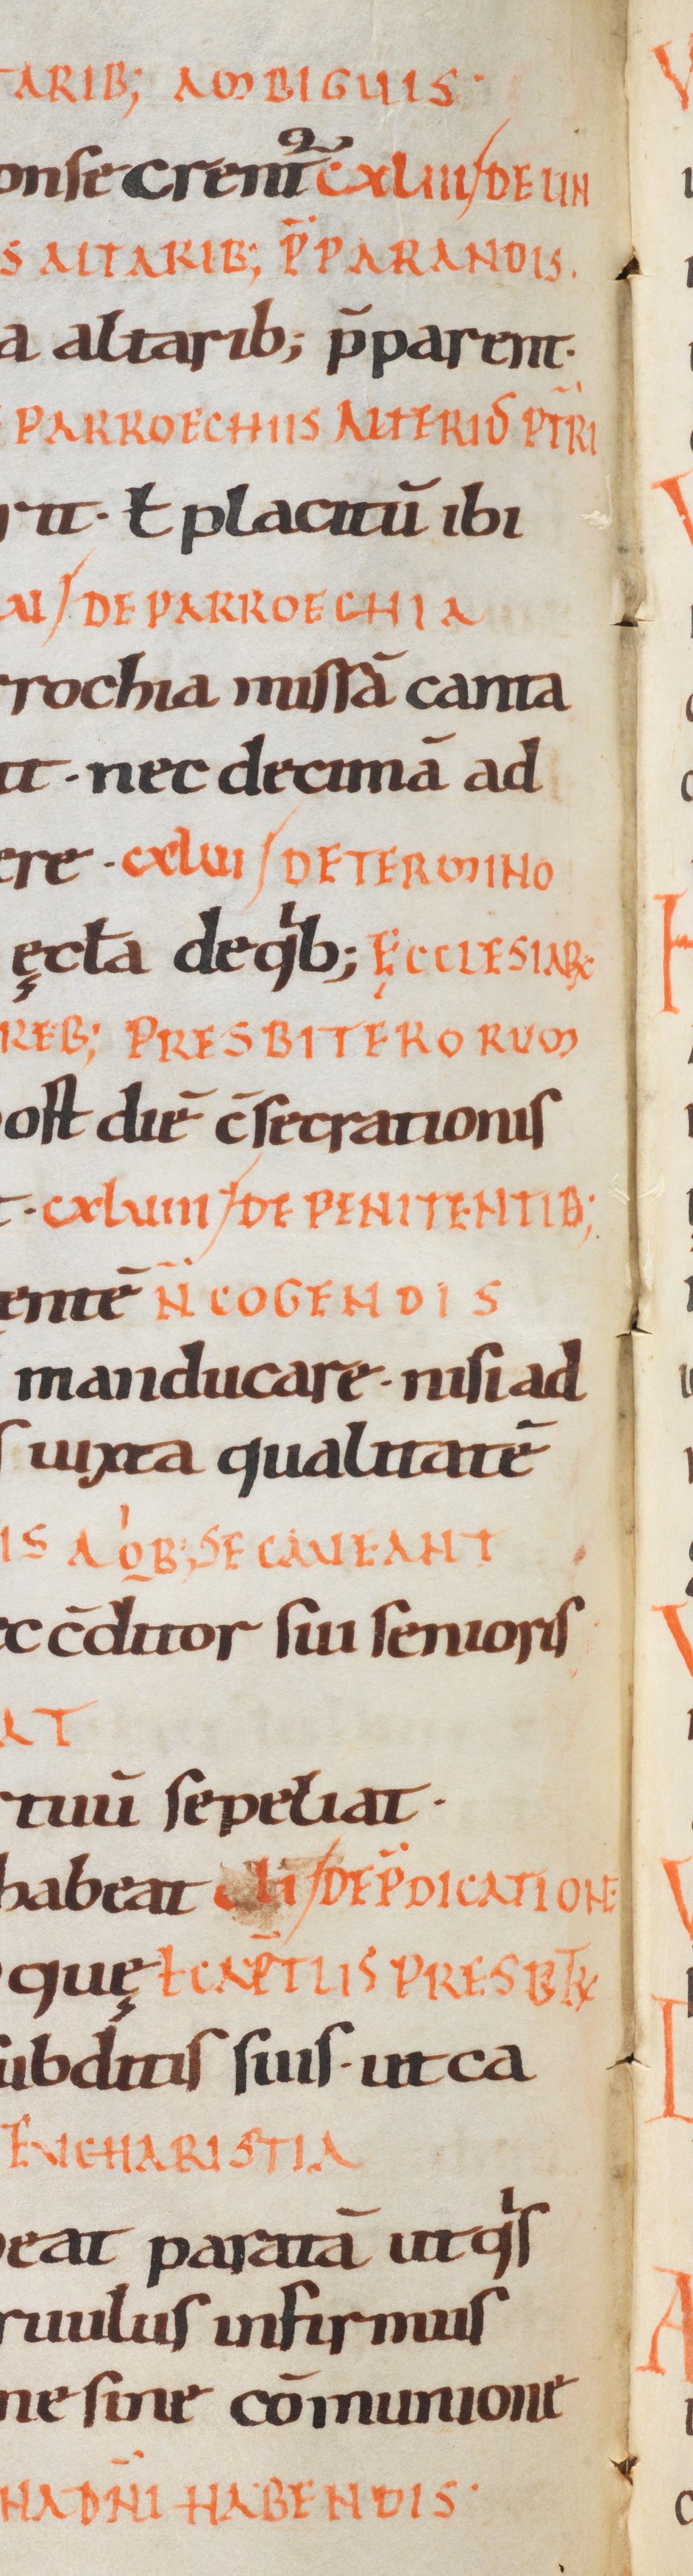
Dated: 1000–1099